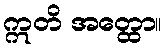
ဣတိ အတ္ထော။